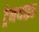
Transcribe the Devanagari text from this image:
ट्रेनथाइड